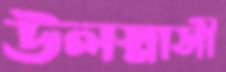
উলস্নাসী